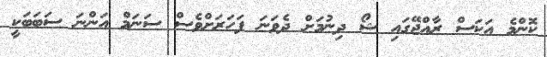
ކޮންމެ އަކަސް ރާއްޖޭގައި ޝޯ ދިނުމަށް ދެވަނަ ފަހަރަށްވެސް ސަނަމް އަންނަ ސަބަބަކީ